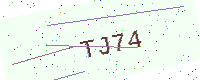
Text: TJ74